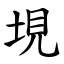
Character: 垷